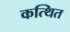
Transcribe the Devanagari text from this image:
कत्थित